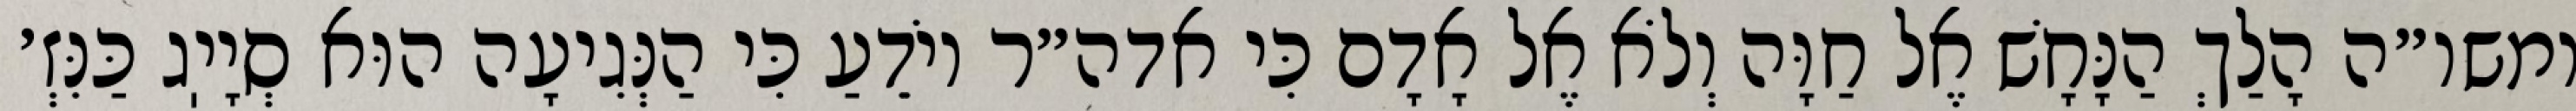
ומשו״ה הָלַךְ הַנָּחָשׁ אֶל חַוָּה וְלֹא אֶל אָדָם כִּי אדה״ר יוֹדֵעַ כִּי הַנְּגִיעָה הוּא סְיָיֽג כַּנִּזְ׳